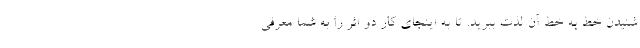
شنیدن خط به خط آن لذت ببرید. تا به اینجای کار دو اثر را به شما معرفی